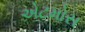
એટમોસ